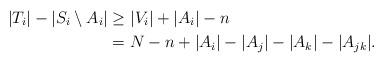
LaTeX: \begin{align*}|T_i|-|S_i\setminus A_i|&\ge |V_i|+|A_i|-n\\&=N-n+|A_i|-|A_j|-|A_k|-|A_{jk}|.\end{align*}